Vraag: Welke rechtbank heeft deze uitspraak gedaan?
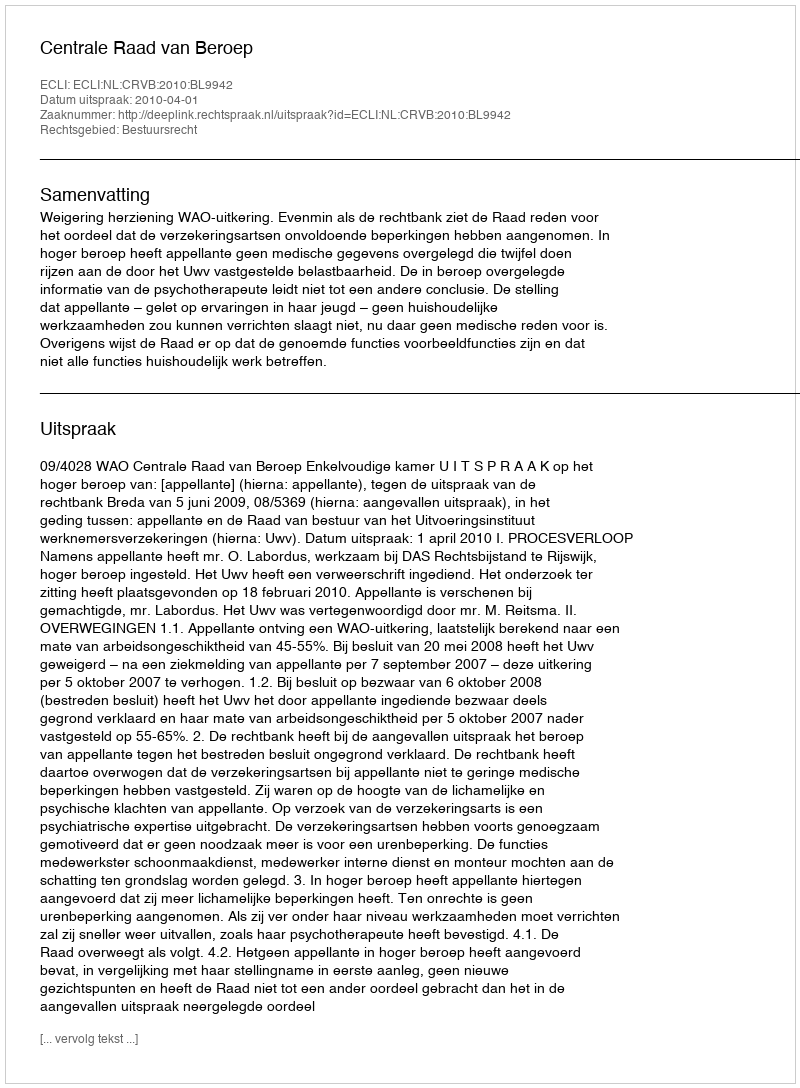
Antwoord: Centrale Raad van Beroep